38_143685_box_Incident_Summaries_101-172
Agency: Department of War
Page 1
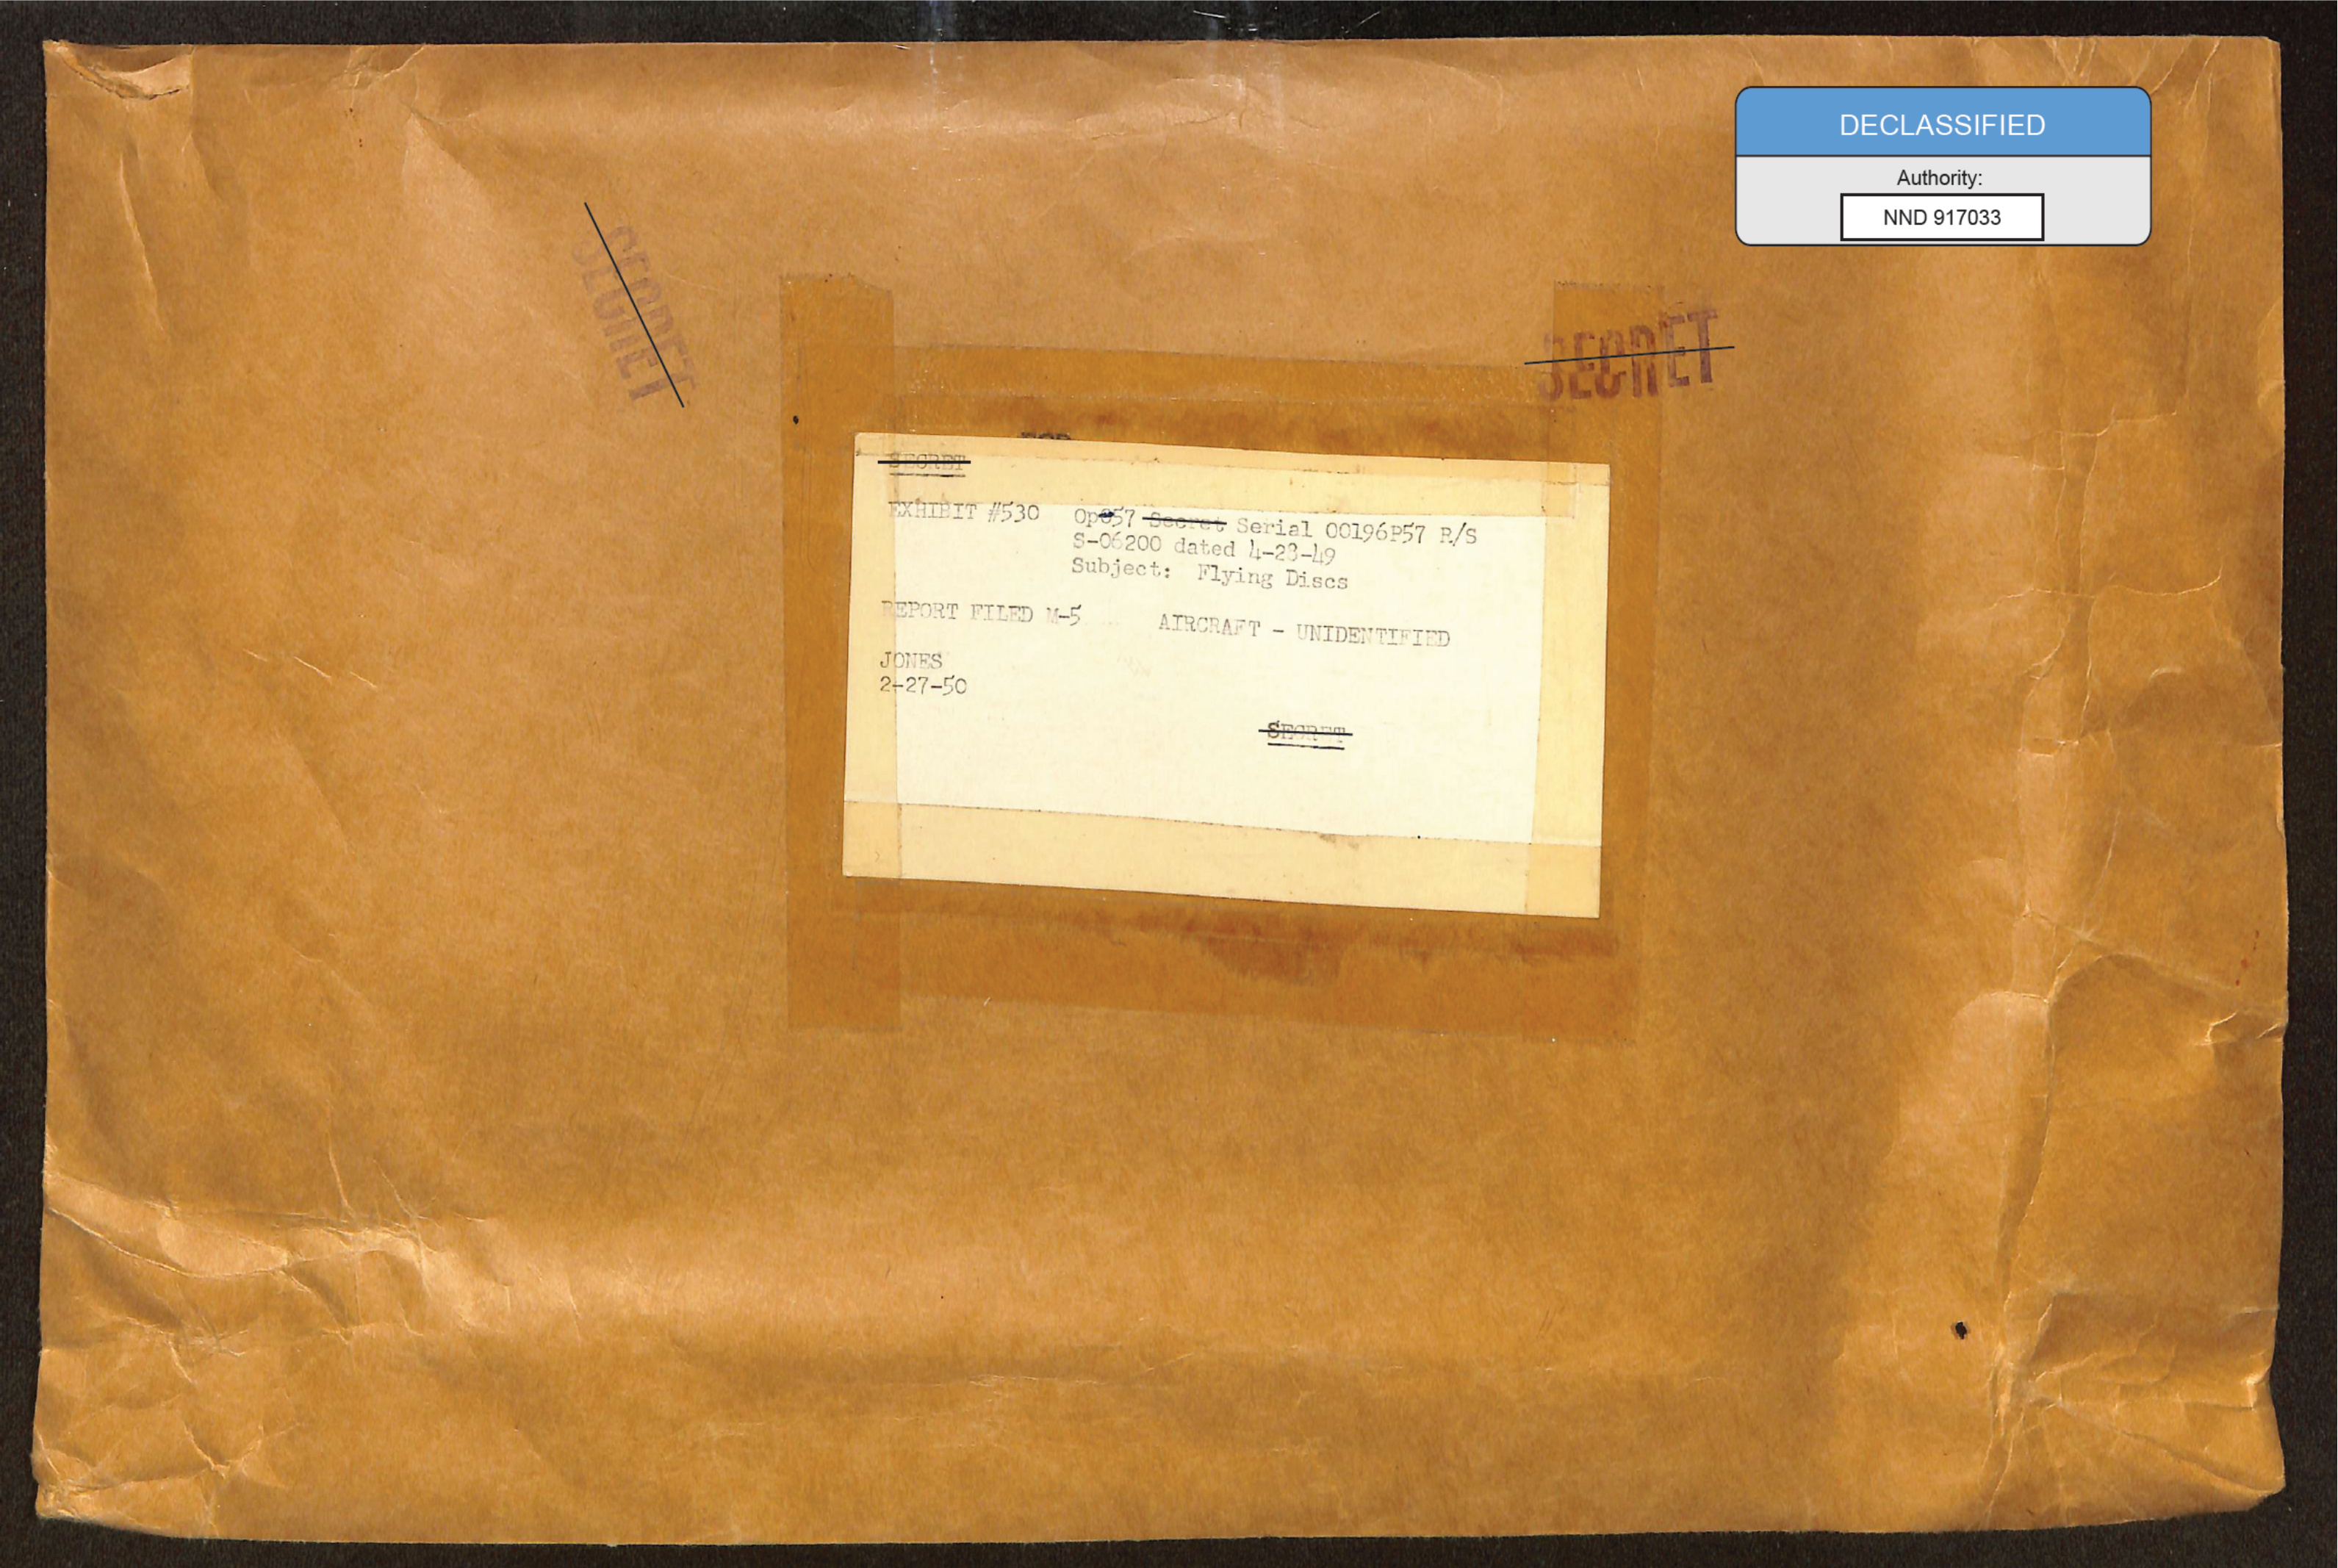